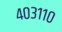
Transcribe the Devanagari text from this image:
४०३११०